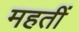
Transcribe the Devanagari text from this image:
महतीं